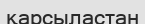
қарсыластан